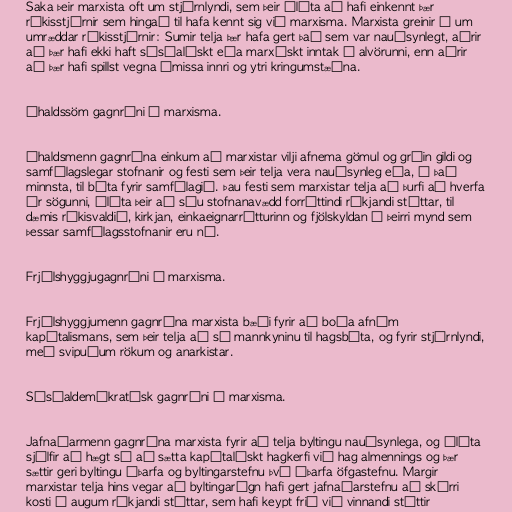
Saka þeir marxista oft um stjórnlyndi, sem þeir álíta að hafi einkennt þær
ríkisstjórnir sem hingað til hafa kennt sig við marxisma. Marxista greinir á um
umræddar ríkisstjórnir: Sumir telja þær hafa gert það sem var nauðsynlegt, aðrir
að þær hafi ekki haft sósíalískt eða marxískt inntak í alvörunni, enn aðrir
að þær hafi spillst vegna ýmissa innri og ytri kringumstæðna.

Íhaldssöm gagnrýni á marxisma.

Íhaldsmenn gagnrýna einkum að marxistar vilji afnema gömul og gróin gildi og
samfélagslegar stofnanir og festi sem þeir telja vera nauðsynleg eða, í það
minnsta, til bóta fyrir samfélagið. Þau festi sem marxistar telja að þurfi að hverfa
úr sögunni, álíta þeir að séu stofnanavædd forréttindi ríkjandi stéttar, til
dæmis ríkisvaldið, kirkjan, einkaeignarrétturinn og fjölskyldan í þeirri mynd sem
þessar samfélagsstofnanir eru nú.

Frjálshyggjugagnrýni á marxisma.

Frjálshyggjumenn gagnrýna marxista bæði fyrir að boða afnám
kapítalismans, sem þeir telja að sé mannkyninu til hagsbóta, og fyrir stjórnlyndi,
með svipuðum rökum og anarkistar.

Sósíaldemókratísk gagnrýni á marxisma.

Jafnaðarmenn gagnrýna marxista fyrir að telja byltingu nauðsynlega, og álíta
sjálfir að hægt sé að sætta kapítalískt hagkerfi við hag almennings og þær
sættir geri byltingu óþarfa og byltingarstefnu því óþarfa öfgastefnu. Margir
marxistar telja hins vegar að byltingarógn hafi gert jafnaðarstefnu að skárri
kosti í augum ríkjandi stéttar, sem hafi keypt frið við vinnandi stéttir